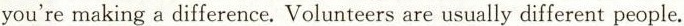
you're making a difference. Volunteers are usually different people.